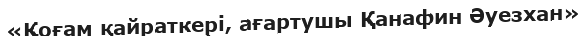
«Қоғам қайраткері, ағартушы Қанафин Әуезхан»